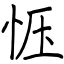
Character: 恹